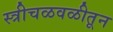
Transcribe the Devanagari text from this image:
स्त्रीचळवळीतून